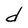
Character: d